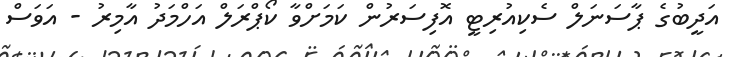
އަދީބުގެ ޕާސަނަލް ސެކިއުރިޓީ އޮފިސަރުން ކަމަށްވާ ކޯޕްރަލް އަހްމަދު އާމިރު - އަވަސް